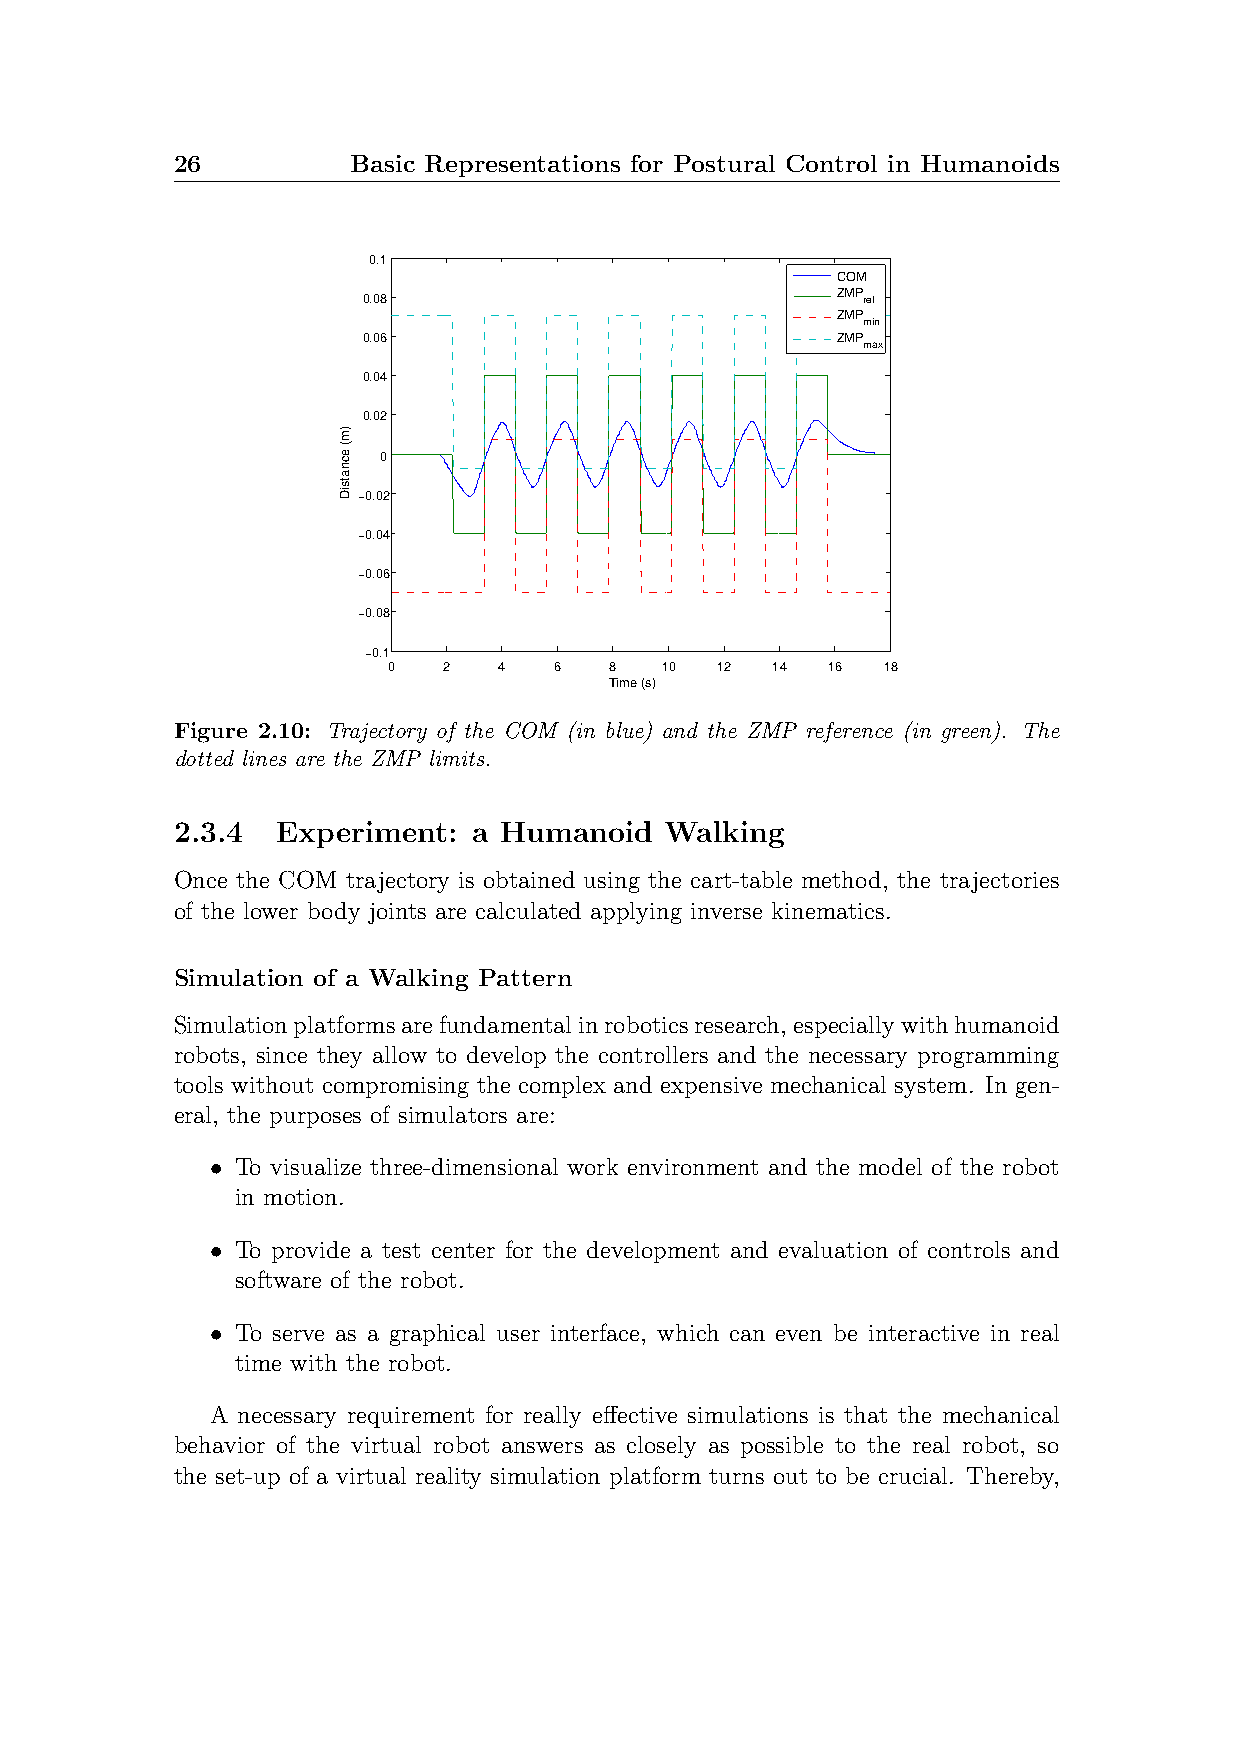
26          Basic Representations for Postural Control in Humanoids
 0.1
 COM
 0.08                           ZMP ref
 ZMP
 min
 0.06                           ZMP
 max
 0.04
 0.02
 0
 −0.02
 −0.04
 −0.06
 −0.08
 −0.1
 0  2   4   6  8   10 12  14  16 18
 Time (s)
 Figure 2.10: Trajectory of the COM (in blue) and the ZMP reference (in green). The
 dotted lines are the ZMP limits.
 2.3.4  Experiment:  a Humanoid   Walking
 Once the COM trajectory is obtained using the cart-table method, the trajectories
 of the lower body joints are calculated applying inverse kinematics.
 Simulation of a Walking Pattern
 Simulationplatformsarefundamentalinroboticsresearch, especiallywithhumanoid
 robots, since they allow to develop the controllers and the necessary programming
 tools without compromising the complex and expensive mechanical system. In gen-
 eral, the purposes of simulators are:
 • To visualize three-dimensional work environment and the model of the robot
 in motion.
 • To provide a test center for the development and evaluation of controls and
 software of the robot.
 • To serve as a graphical user interface, which can even be interactive in real
 time with the robot.
 A necessary requirement for really effective simulations is that the mechanical
 behavior of the virtual robot answers as closely as possible to the real robot, so
 the set-up of a virtual reality simulation platform turns out to be crucial. Thereby,
 )m(
 ecnatsiD